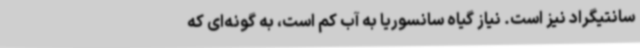
سانتیگراد نیز است. نیاز گیاه سانسوریا به آب کم است، به گونه‌ای که